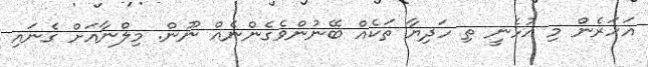
އަހަރެން މި އުޅެނީ ތި ހަދިޔާ ތަކެއް ބޭނުންވެގެންނެއް ނޫން. މިލްނާއަށް ގެނައި